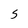
Character: 5